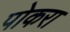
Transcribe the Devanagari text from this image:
पोकरा